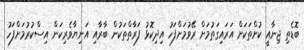
ބޮޑެތި ޖިނާއީ ކުށްތަކަށް އަރައިގަތުމަށް ރޭވުމަށްފަހު އިދިކޮޅު ފަރާތްތަކުން ބާރާއި އަނިޔާވެރިކަން އިސްކުރުމަށްފަހު